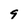
Character: q